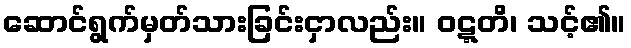
ဆောင်ရွက်မှတ်သားခြင်းငှာလည်း။ ဝဋ္ဋတိ၊ သင့်၏။